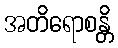
အတိရောစန္တိ